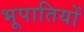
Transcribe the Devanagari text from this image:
भूपातियों